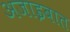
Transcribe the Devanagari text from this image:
अजाइबात